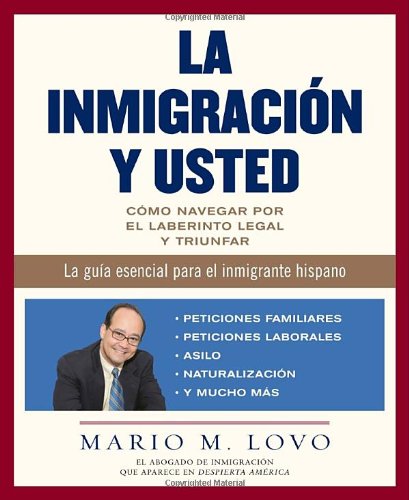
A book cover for La inmigraciÃ³n y usted: CÃ³mo navegar por el laberinto legal y triunfar (Spanish Edition); Mario Lovo; Law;